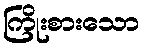
ကြိုးစားသော